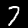
Digit: 7